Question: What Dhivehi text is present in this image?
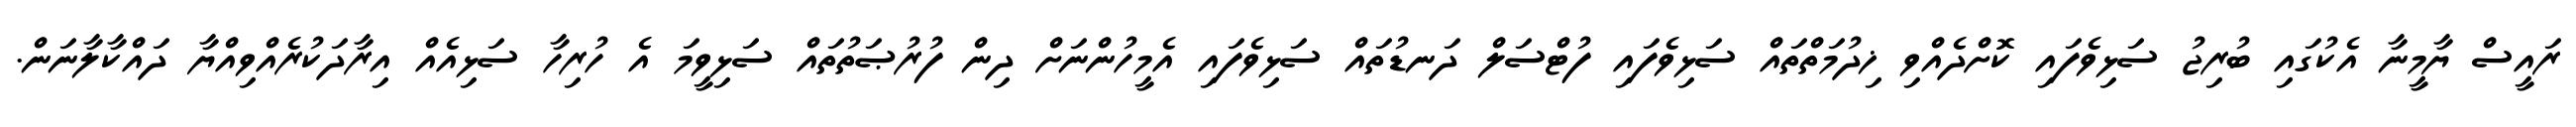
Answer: ރައީސް ޔާމީނާ އެކުގައި ބުރިޖު ސަޅިވެފައި ކޮށްދެއްވި ޚިދުމަތްތައް ސަޅިވެފައި ފުޓްސަލް ދަނޑުތައް ސަޅިވެފައި އެމީހުންނަށް ދިން ފުރުޞަތުތައް ސަޅިވީމަ އެ ހުރިހާ ސަޅިއެއް އިރާދަކުރެއްވިއްޔާ ދައްކާލާނަން.